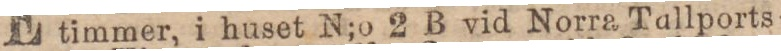
timmer, i huset N;o 2 B vid Norra Tallports-